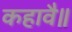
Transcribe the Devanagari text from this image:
कहावै॥